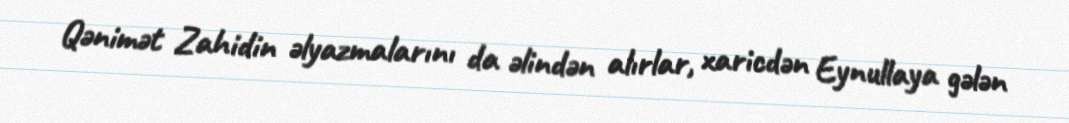
Qənimət Zahidin əlyazmalarını da əlindən alırlar, xaricdən Eynullaya gələn